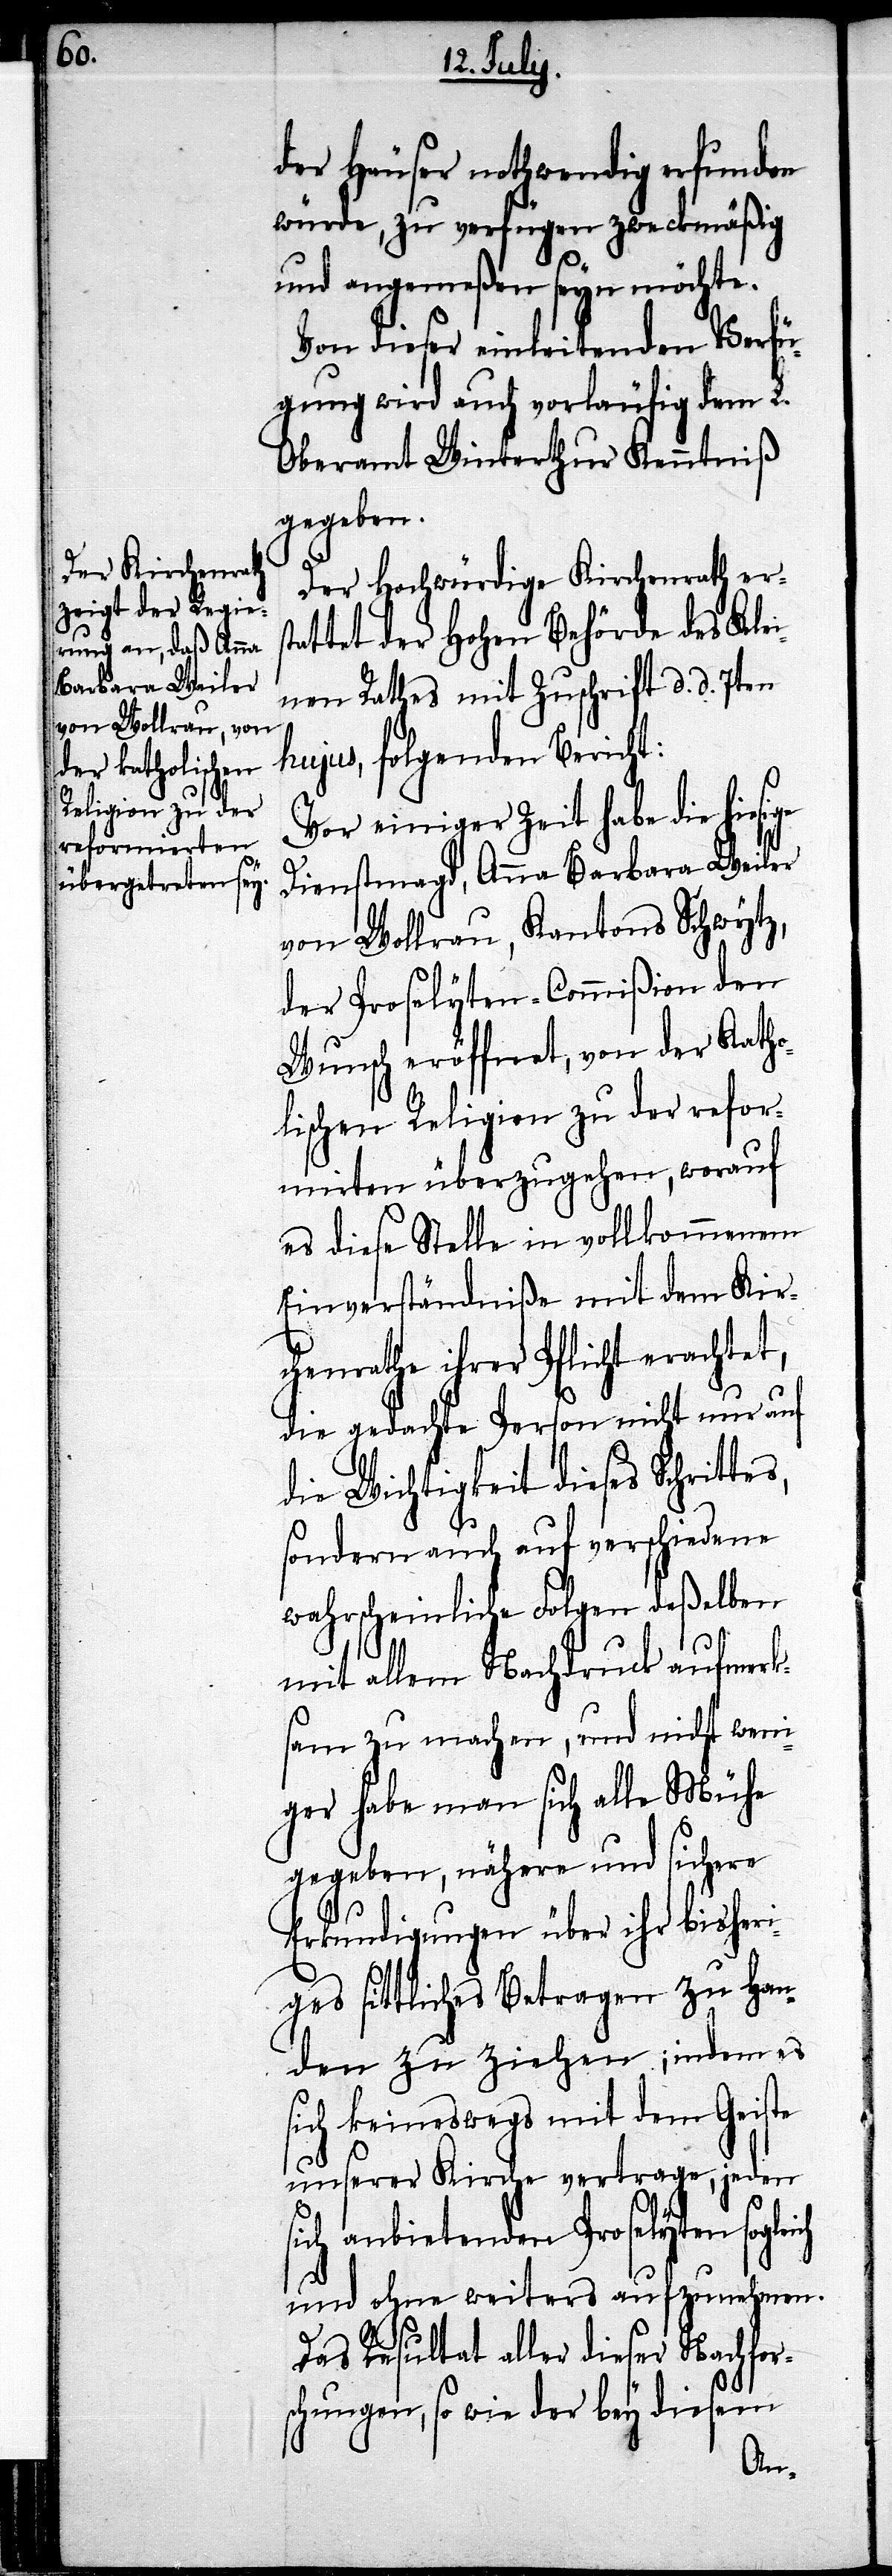
s,

der Häuser nothwendig erfunden
würde, zu verfügen zweckmäßig
und angemeßen seyn möchte.
Von dieser einleitenden Verfü¬
gung wird auch vorläufig dem L.
Oberamt Winterthur Kenntniß
gegeben.
Der Hochwürdige Kirchenrath erst¬
attet der Hohen Behörde des Kle¬
inen Rathes mit Zuschrift d. d. 7ten
hujus, folgenden Bericht:
Vor einiger Zeit habe die
Dienstmagd, Anna Barbara Weiler
von Wollrau, Kantons Schwytz,
der Proselyten-Commißion den
Wunsch eröffnet, von der Katho¬
lischen Religion zu der refor¬
mirten überzugehen, worauf
es diese Stelle in vollkommenem
Einverständniße mit dem Kir¬
chenrathe ihrer Pflicht, erachtet,
die gedachte Person nicht nur auf
die Wichtigkeit dieses Schritte¬
sondern auch auf verschiedene
wahrscheinliche Folgen deßelben
mit allem Nachdruck aufmerks¬
am zu machen, und nicht weni¬
ger habe man sich alle Mühe
gegeben, nähere und sichere
Erkundigungen über ihr bisheri¬
ges sittliches Betragen zu Han¬
den zu ziehen; indem es
sich keineswegs mit dem Geiste
unserer Kirche vertrage, jeden
sich anbietenden Proselyten sogleich
und ohne weiters aufzunehmen.
Das Resultat aller dieser Nachfor¬
schungen, so wie der bey diesem